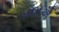
બધાએ